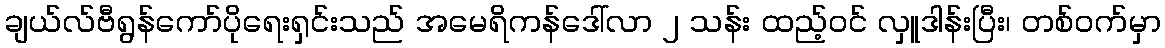
ချယ်လ်ဗီရွန်ကော်ပိုရေးရှင်းသည် အမေရိကန်ဒေါ်လာ ၂ သန်း ထည့်ဝင် လှူဒါန်းပြီး၊ တစ်ဝက်မှာ